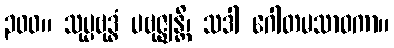
၃၀၀။ သုပ္ပဗုဒ္ဓံ ပဗုဇ္ဈန္တိ၊ သဒါ ဂေါတမသာဝကာ။